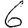
Digit: 6